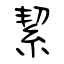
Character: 絜